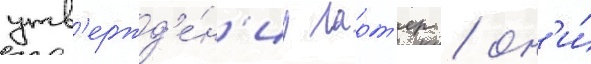
утв'ержд'е́н'иу ларт'ер / он'и́